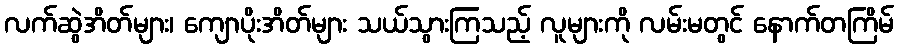
လက်ဆွဲအိတ်များ၊ ကျောပိုးအိတ်များ သယ်သွားကြသည့် လူများကို လမ်းမတွင် နောက်တကြိမ်